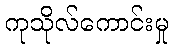
ကုသိုလ်ကောင်းမှု